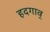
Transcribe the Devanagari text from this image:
हदगाव्